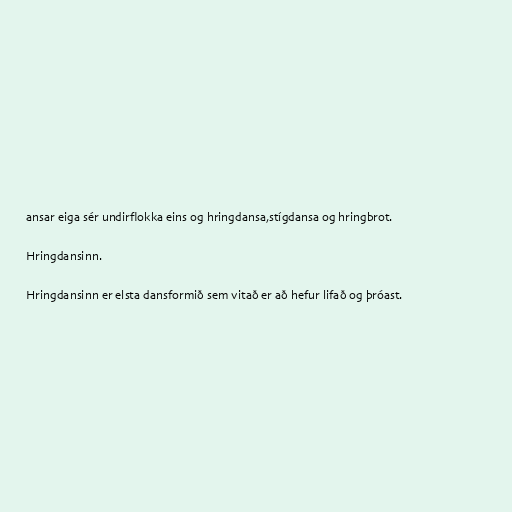
ansar eiga sér undirflokka eins og hringdansa,stígdansa og hringbrot.

Hringdansinn.

Hringdansinn er elsta dansformið sem vitað er að hefur lifað og þróast.